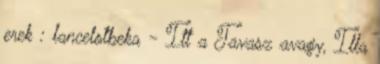
erek : lancelotbeka - Itt a Tavasz avagy, Illa